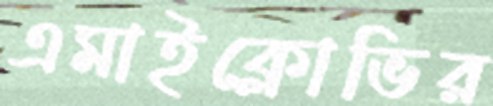
এমাইক্লোভির